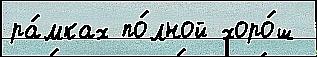
ра́мках по́лной хоро́ш